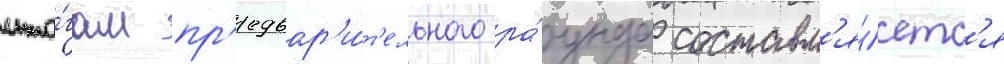
ито́гам пр'едвар'и́т'ельного ра́унда составл'я́етс'я